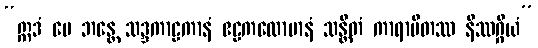
“ဣဒံ မေ ဘန္တေ သဒ္ဒကာဠကာနံ ဧဠကလောမာနံ သန္တိတံ ကာရာပိတဿ နိဿဂ္ဂိယံ”